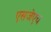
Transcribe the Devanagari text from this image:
एसजेएच